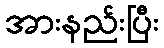
အားနည်းပြီး